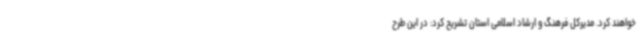
خواهند کرد. مدیرکل فرهنگ و ارشاد اسلامی استان تشریح کرد: در این طرح